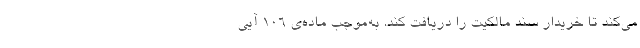
می‌کند تا خریدار سند مالکیت را دریافت کند. به‌موجب ماده‌ی ۱۰۶ آیی